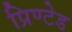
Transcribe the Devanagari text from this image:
प्रिण्टेड